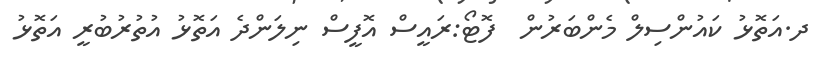
ދ.އަތޮޅު ކައުންސިލް މެންބަރުން  ފޮޓޯ:ރައީސް އޮފީސް ނިލަންދެ އަތޮޅު އުތުރުބުރީ އަތޮޅު